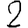
Digit: 2